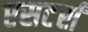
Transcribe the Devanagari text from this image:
एसटर्स